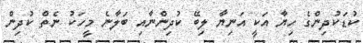
ކުޑަކުދިންގެ ހިޔާ އަކީ އަނިޔާ ލިބޭ ކުދިންނާއި ބަލާނެ މީހަކު ނެތް ކުދިން